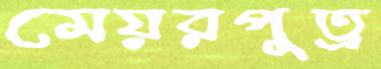
মেয়রপুত্র